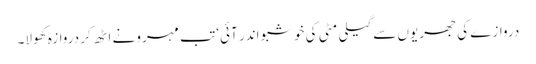
دروازے کی جھریوں سے گیلی مٹی کی خوشبو اندر آئی‘ تب مہرو نے اٹھ کر دروازہ کھولا۔